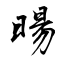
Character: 暘